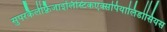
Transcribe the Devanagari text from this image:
सुपरकैलीफ़्रैजाइलिस्टिकएक्सपियालिडोसियस